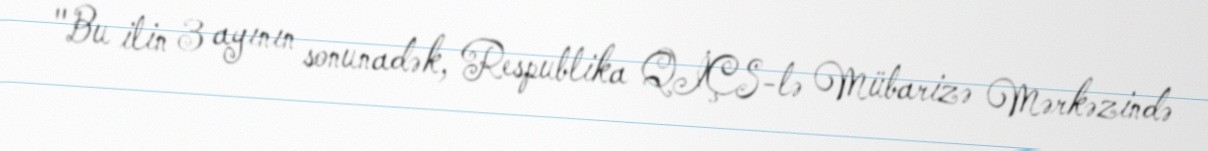
"Bu ilin 3 ayının sonunadək, Respublika QİÇS-lə Mübarizə Mərkəzində